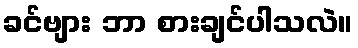
ခင်ဗျား ဘာ စားချင်ပါသလဲ။